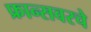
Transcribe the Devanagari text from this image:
फ्रान्सवरचे